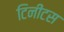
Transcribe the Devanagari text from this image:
टिनीटस